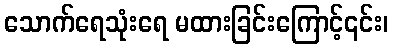
သောက်ရေသုံးရေ မထားခြင်းကြောင့်၎င်း၊